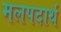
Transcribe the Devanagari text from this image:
मलपदार्थ